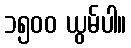
၁၅၀၀ ယွမ်ပါ။